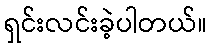
ရှင်းလင်းခဲ့ပါတယ်။